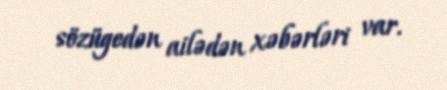
sözügedən ailədən xəbərləri var.